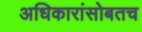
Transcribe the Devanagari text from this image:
अधिकारांसोबतच